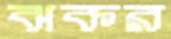
ঝকর